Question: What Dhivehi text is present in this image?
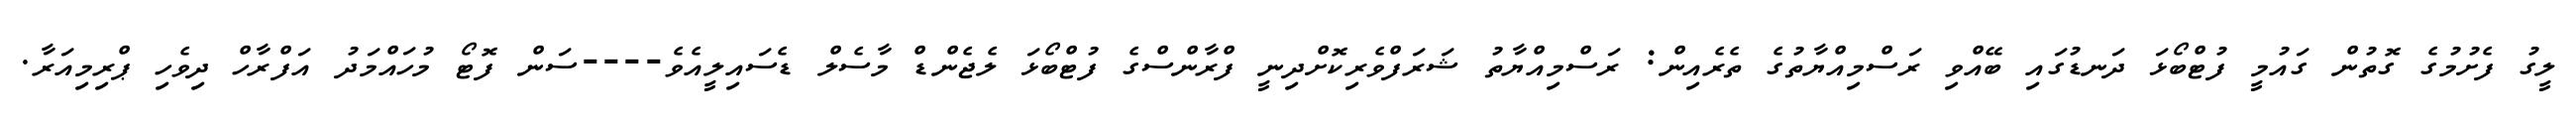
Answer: ލީގު ފެށުމުގެ ގޮތުން ގައުމީ ފުޓްބޯޅަ ދަނޑުގައި ބޭއްވި ރަސްމިއްޔާތުގެ ތެރެއިން: ރަސްމިއްޔާތު ޝަރަފްވެރިކޮށްދިނީ ފްރާންސްގެ ފުޓްބޯޅަ ލެޖެންޑް މާސެލް ޑެސައިލީއެވެ----ސަން ފޮޓޯ މުހައްމަދު އަފްރާހް ދިވެހި ޕްރިމިއަރާ.